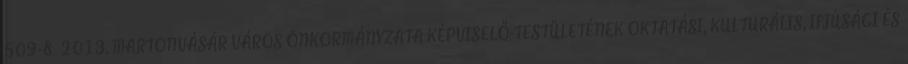
509-8 2013. MARTONVÁSÁR VÁROS ÖNKORMÁNYZATA KÉPVISELŐ-TESTÜLETÉNEK OKTATÁSI, KULTURÁLIS, IFJÚSÁGI ÉS